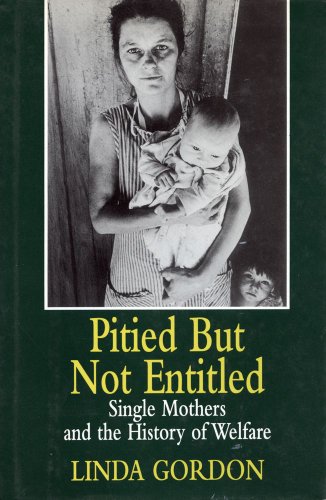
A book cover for Pitied but Not Entitled: Single Mothers and the History of Welfare; Linda Gordon; Health, Fitness & Dieting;